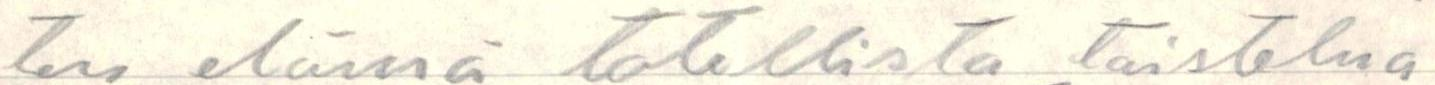
ten elämä totellista taistelua